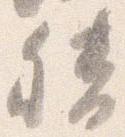
督